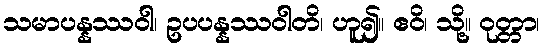
သမာပန္နဿဝါ၊ ဥပပန္နဿဝါတိ၊ ဟူ၍။ ဧဝိ၊ သို့။ ဝုတ္တာ၊